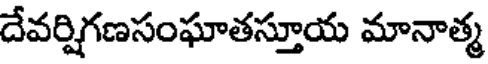
దేవర్షిగణసంఘాతస్తూయ మానాత్మ